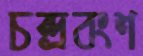
চন্দ্রবংশ